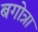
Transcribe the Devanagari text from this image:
बगोत्रा